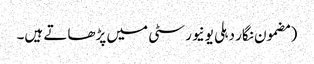
(مضمون نگار دہلی یونیورسٹی میں پڑھاتے ہیں۔